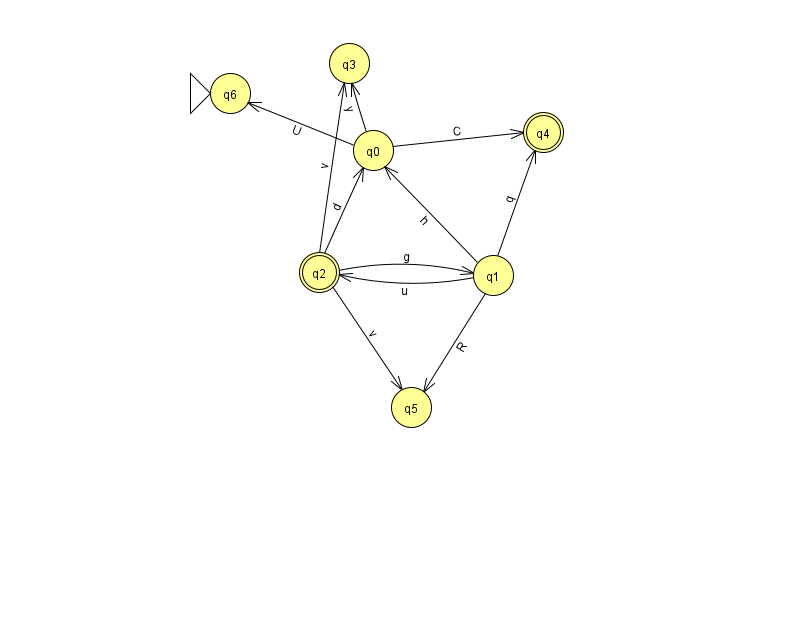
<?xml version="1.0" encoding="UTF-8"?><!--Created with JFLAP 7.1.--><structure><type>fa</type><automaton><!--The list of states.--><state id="0" name="q0"><x>373.0</x><y>137.0</y></state><state id="1" name="q1"><x>493.0</x><y>262.0</y></state><state id="2" name="q2"><x>319.0</x><y>259.0</y><final/></state><state id="3" name="q3"><x>349.0</x><y>50.0</y></state><state id="4" name="q4"><x>543.0</x><y>119.0</y><final/></state><state id="5" name="q5"><x>411.0</x><y>394.0</y></state><state id="6" name="q6"><x>230.0</x><y>80.0</y><initial/></state><!--The list of transitions.--><transition><from>0</from><to>4</to><read>C</read></transition><transition><from>0</from><to>6</to><read>U</read></transition><transition><from>2</from><to>3</to><read>v</read></transition><transition><from>1</from><to>4</to><read>q</read></transition><transition><from>2</from><to>1</to><read>g</read></transition><transition><from>2</from><to>0</to><read>d</read></transition><transition><from>1</from><to>2</to><read>u</read></transition><transition><from>1</from><to>0</to><read>h</read></transition><transition><from>2</from><to>5</to><read>v</read></transition><transition><from>0</from><to>3</to><read>y</read></transition><transition><from>1</from><to>5</to><read>R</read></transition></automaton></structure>